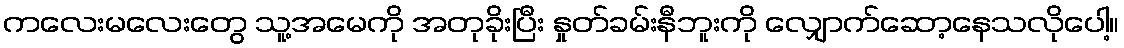
ကလေးမလေးတွေ သူ့အမေကို အတုခိုးပြီး နှုတ်ခမ်းနီဘူးကို လျှောက်ဆော့နေသလိုပေါ့။